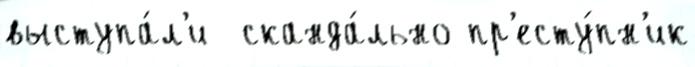
выступа́л'и  сканда́льно пр'есту́пн'ик